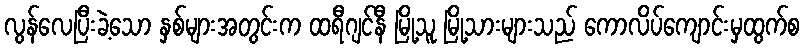
လွန်လေပြီးခဲ့သော နှစ်များအတွင်းက ထရီဂျင်နီ မြို့သူ မြို့သားများသည် ကောလိပ်ကျောင်းမှထွက်စ